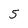
Character: 5